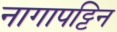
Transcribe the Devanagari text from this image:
नागापट्टिन